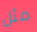
مثل